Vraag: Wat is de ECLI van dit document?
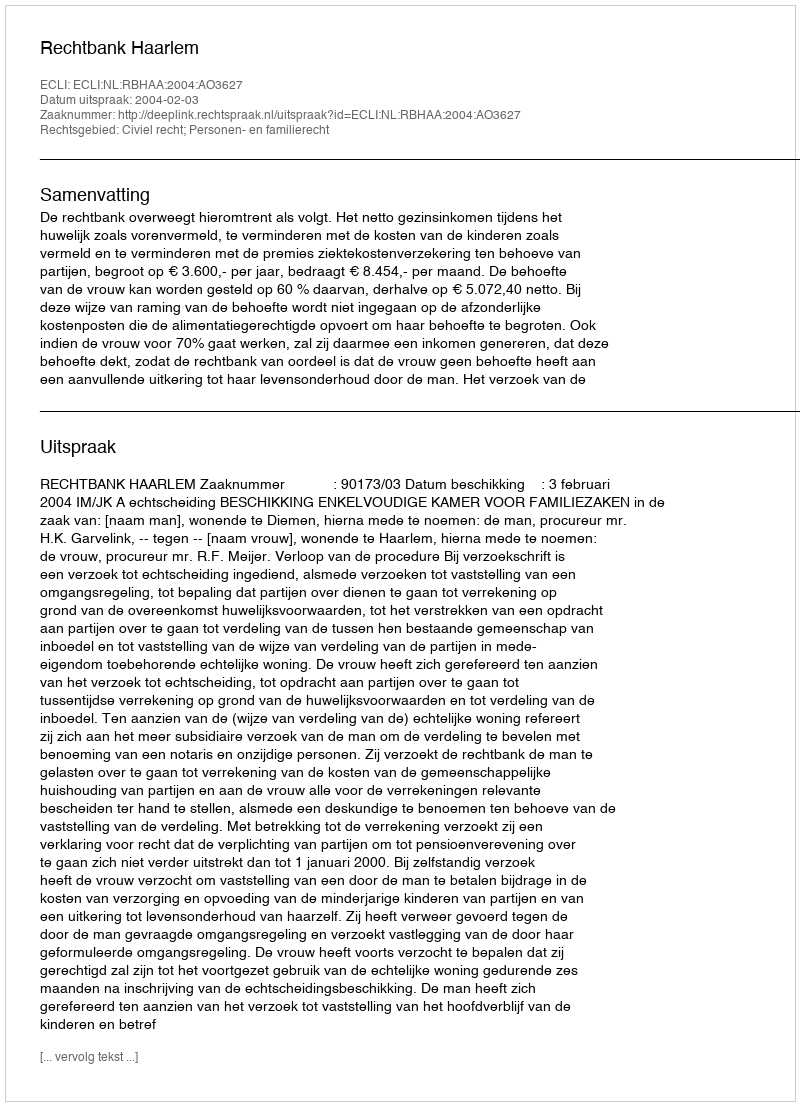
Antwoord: ECLI:NL:RBHAA:2004:AO3627